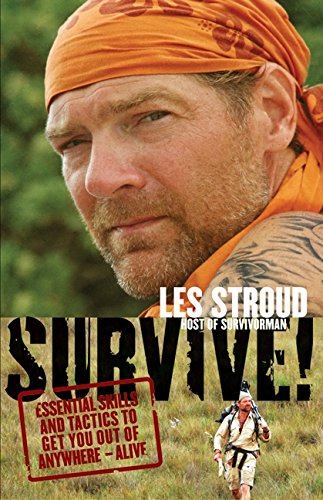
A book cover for Survive!: Essential Skills and Tactics to Get You Out of Anywhere - Alive; Les Stroud; Health, Fitness & Dieting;